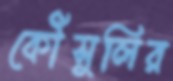
কৌঁসুলির